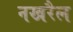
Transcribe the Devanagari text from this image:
नखरैल